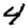
Digit: 4